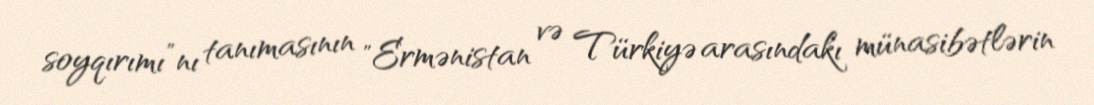
soyqırımı”nı tanımasının "Ermənistan və Türkiyə arasındakı münasibətlərin